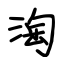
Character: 淘